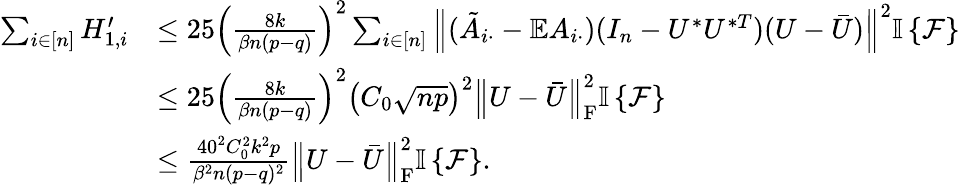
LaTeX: \begin{array}{rl}{\sum_{i\in[n]}H_{1,i}^{\prime}}&{\leq 25\left(\frac{8k}{\beta n(p-q)}\right)^{2}\sum_{i\in[n]}\left\| {(\tilde{A}_{i\cdot}-\mathbb{E}A_{i\cdot})(I_{n}-U^{*}U^{*T})(U-\bar{U})}\right\| ^{2}{\mathbb{I}\left\{ {\mathcal{F}}\right\} }}\\ &{\leq 25\left(\frac{8k}{\beta n(p-q)}\right)^{2}\left(C_{0}\sqrt{np}\right)^{2}\left\| {U-\bar{U}}\right\| _{\mathrm{F}}^{2}{\mathbb{I}\left\{ {\mathcal{F}}\right\} }}\\ &{\leq\frac{40^{2}C_{0}^{2}k^{2}p}{\beta^{2}n(p-q)^{2}}\left\| {U-\bar{U}}\right\| _{\mathrm{F}}^{2}{\mathbb{I}\left\{ {\mathcal{F}}\right\} }.}\end{array}